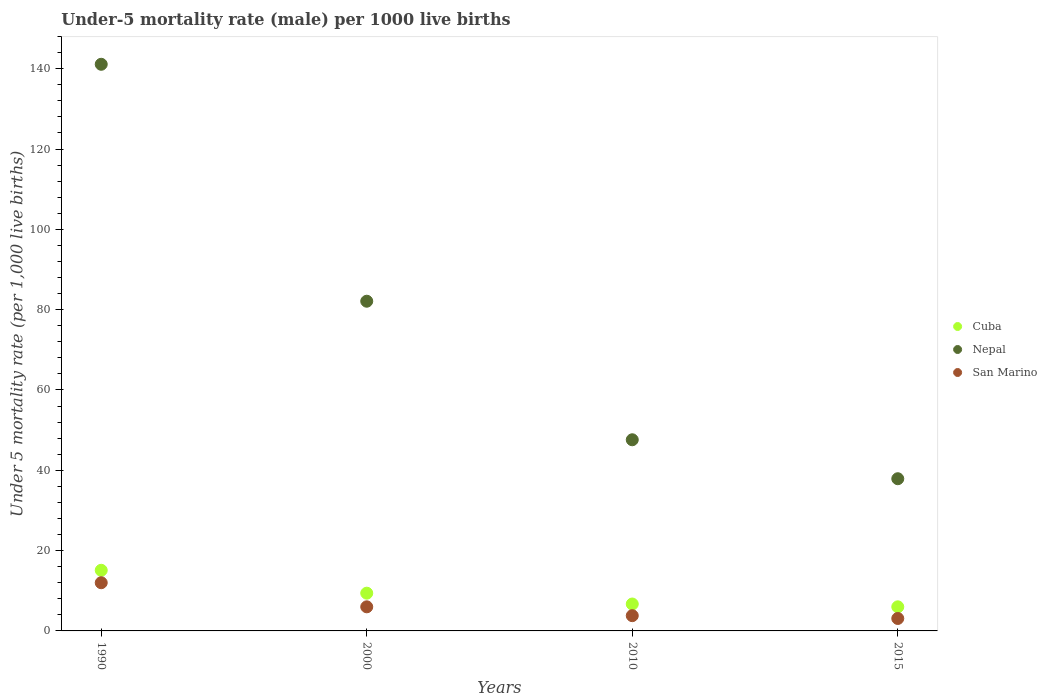
| Years | Cuba | Nepal | San Marino |
 | --- | --- | --- | --- |
 | 1990 | 15.1 | 141 | 12 |
 | 2000 | 9.4 | 82.1 | 6 |
 | 2010 | 6.7 | 47.6 | 3.8 |
 | 2015 | 6 | 37.9 | 3.1 |